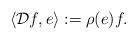
LaTeX: \begin{align*} \langle \mathcal{D}f, e \rangle:=\rho(e)f.\end{align*}